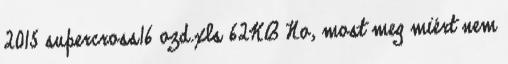
2015 supercross16 ozd.xls 62KB No, most meg miért nem